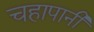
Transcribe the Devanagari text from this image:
चहापानी